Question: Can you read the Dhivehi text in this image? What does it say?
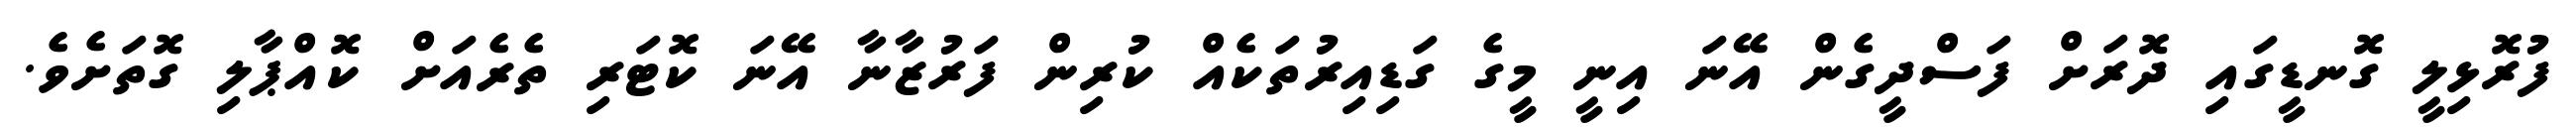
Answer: ފުރޮޅިލީ ގޮނޑީގައި ދޮރަށް ފަސްދީގެން އޭނަ އިނީ މީގެ ގަޑިއިރުތަކެއް ކުރިން ފަރުޒާނާ އޭނަ ކޮޓަރި ތެރެއަށް ކޮއްޕާލި ގޮތަށެވެ.